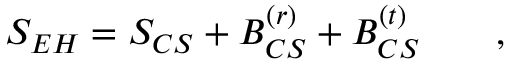
S _ { E H } = S _ { C S } + { \cal B } _ { C S } ^ { ( r ) } + { \cal B } _ { C S } ^ { ( t ) } \qquad ,